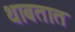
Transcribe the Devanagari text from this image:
थाबतात